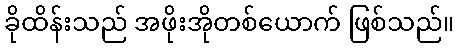
ခိုထိန်းသည် အဖိုးအိုတစ်ယောက် ဖြစ်သည်။